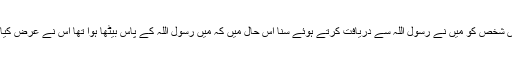
انہوں نے فرمایا: مَیں نے ایک آدمی کے سوا کسی کو اس بارے میں سوال کرتے نہیں سُنا اس شخص کو مَیں نے رسول اللہؐ سے دریافت کرتے ہوئے سُنا اس حال میں کہ مَیں رسول اللہ ؐکے پاس بیٹھا ہوا تھا اُس نے عرض کیا یا رسول اللہؐ ماہِ رمضان کے بعد آپ مجھے کس ماہ کے روزے رکھنے کا حکم دیتے ہیں؟